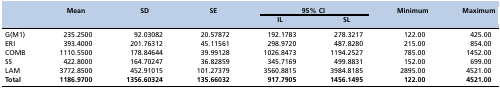
|  | Mean | SD | SE | <COLSPAN=2> 95% CI | Minimum | Maximum |
 |  |  |  |  | IL | SL |  |  |
 | --- | --- | --- | --- | --- | --- | --- | --- |
 | G(M1) | 235.2500 | 92.03082 | 20.57872 | 192.1783 | 278.3217 | 122.00 | 425.00 |
 | ERI | 393.4000 | 201.76312 | 45.11561 | 298.9720 | 487.8280 | 215.00 | 854.00 |
 | COMB | 1110.5500 | 178.84644 | 39.99128 | 1026.8473 | 1194.2527 | 785.00 | 1452.00 |
 | SS | 422.8000 | 164.70247 | 36.82859 | 345.7169 | 499.8831 | 152.00 | 699.00 |
 | LAM | 3772.8500 | 452.91015 | 101.27379 | 3560.8815 | 3984.8185 | 2895.00 | 4521.00 |
 | Total | 1186.9700 | 1356.60324 | 135.66032 | 917.7905 | 1456.1495 | 122.00 | 4521.00 |